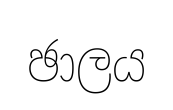
ඡාලය